Annual administration report of the Civil Veterinary Department of India - 1894-1895
Year: 1894
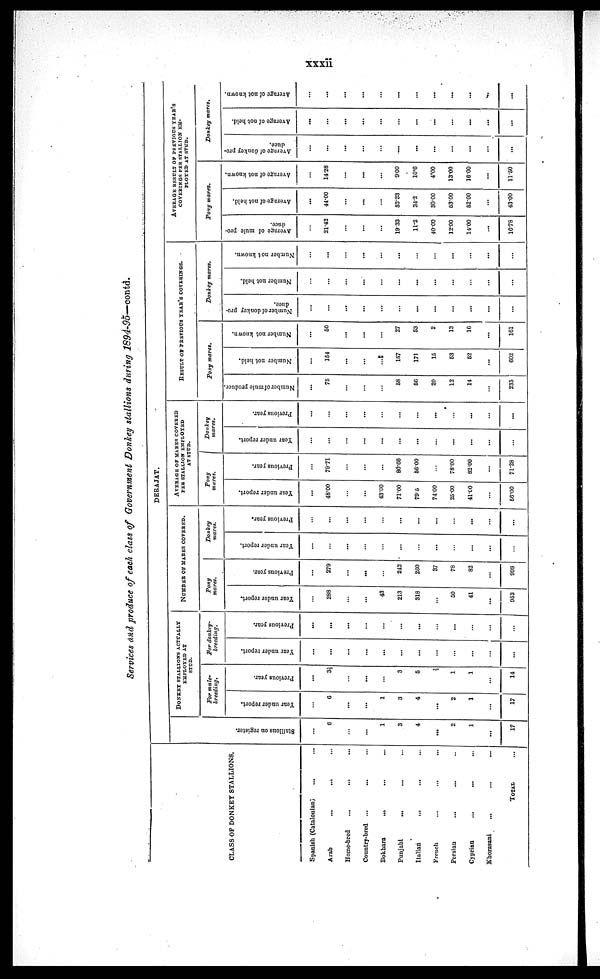
xxxii
Services and produce of each class of Government Donkey stallions during
1894-95—contd.
CLASS OF DONKEY STALLIONS.
Spanish (Catalonian)... …
Arab...
... …
Home-bred...
... …
Country-bred...
... …
Bokhara
…
...
...
Punjabi
...
... …
Italian...
... …
French … … …
Persian...
... …
Cyprian...
...
...
Khorasani
…
...
...
TOTAL …
DERAJAT.
St al l
i
ons on register.
…
6
…
…
1
3
4
...
2
1
...
17
DONKEY STALLIONS ACTUALLY
EMPLOYED AT
STUD.
For mule¬
breeding.
Year under report.
…
6
...
...
1
3
4
...
2
1
…
17
Previous year.
...
3½
...
...
...
3
5
…
1
1
...
14
For donkey¬
breeding.
Year under report.
…
...
...
...
…
...
...
...
...
...
…
...
Previous year.
...
...
...
…
...
…
...
…
...
…
...
...
NUMBER OF MARES COVERED.
Pony
mares.
Year under report.
…
288
…
…
43
213
318
…
50
41
...
953
Previous year.
…
279
...
...
…
242
280
37
78
82
...
998
Donkey
mares.
Year under report.
…
…
...
…
…
...
…
...
…
...
...
…
Previous year.
…
…
...
…
…
…
…
…
…
...
…
…
AVERAGE OF MARES COVERED
PER STALLION EMPLOYED
AT STUD.
Pony
mares.
Year under report.
…
48.00
…
...
43.00
71.00
79.5
74.00
25.00
41.10
…
56.00
Previous year.
…
79.71
…
…
…
80.66
56.00
…
78.00
82.00
...
71.28
Donkey
mares.
Year under report.
…
...
...
...
...
...
...
…
...
...
…
...
Previous year.
…
…
…
...
…
…
…
…
…
...
…
...
RESULT OF PREVIOUS YEAR'S COVERINGS.
Pony mares.
Number of mule produce.
…
75
…
…
…
58
60
20
12
14
…
235
Number not held.
…
154
…
…
...
157
171
15
53
52
...
602
Number not known.
…
50
…
...
…
27
53
2
13
16
...
161
Donkey mares.
Number of donkey pro-
duce.
…
...
...
…
…
…
...
...
…
…
...
…
Number not held.
…
…
…
…
…
…
...
...
…
…
…
…
Number not known.
…
...
…
...
…
...
…
…
…
…
...
…
AVERAGE RESULT OF PREVIOUS YEAR'S
COVERINGS PER STALLION EM¬
PLOYED AT STUD.
Pony mares.
Average of mule pro-
duce.
…
21.42
…
…
…
19.33
11.2
40.00
12.00
14.00
...
16.78
Average of not held.
...
44.00
…
...
…
52.33
34.2
30.00
53.00
52.00
…
43.00
Average of not known.
…
14.28
…
...
…
9.00
10.6
4.00
13.00
16.00
…
11.50
Donkey mares.
Average
of donkey pro-
duce.
…
…
...
…
…
...
...
...
…
...
…
…
Average of not held.
...
…
...
...
…
…
...
…
…
...
...
...
Average of not known.
...
...
...
...
…
...
...
...
…
...
..
...